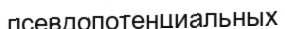
псевдопотенциальных